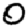
Digit: 0